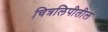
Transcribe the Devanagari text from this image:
चित्रलिपीतील